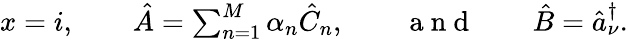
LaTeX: \begin{array}{r}{x=i,\qquad\hat{A}=\sum_{n=1}^{M}\alpha_{n}\hat{C}_{n},\qquad\mathrm{~a~n~d~}\qquad\hat{B}=\hat{a}_{\nu}^{\dagger}.}\end{array}